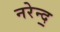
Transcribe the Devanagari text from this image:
नरेन्द॒